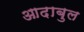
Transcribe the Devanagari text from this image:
आदाबुल